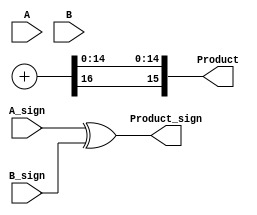
module Fixed_Point_Wallace_Tree_Multiplier #(
    parameter N = 8, // Number of bits for operand A
    parameter M = 8  // Number of bits for operand B
)(
    input  [N-1:0] A,            // First fixed-point operand
    input  [M-1:0] B,            // Second fixed-point operand
    input  A_sign,               // Sign bit of operand A
    input  B_sign,               // Sign bit of operand B
    output reg [N+M-1:0] Product, // Fixed-point product output
    output reg Product_sign       // Sign bit of the resultant product
);

    wire [N-1:0] partial_products[M-1:0];

    // Partial Product Generation
    genvar i;
    generate
        for (i = 0; i < M; i = i + 1) begin : pp_gen
            assign partial_products[i] = (B[i] ? A : {N{1'b0}});
        end
    endgenerate

    // Wallace Tree Reduction Logic
    wire [N+M-1:0] sum [M-1:0];
    wire [M-1:0] carry [M-1:0];

    // First level of reduction
    generate
        for (i = 0; i < M; i = i + 1) begin : reduction
            if (i < M - 1) begin
                assign {carry[i][i], sum[i][(i+1)*N-1:(i)*N]} = partial_products[i] + partial_products[i+1];
            end else begin
                assign sum[i][(i+1)*N-1:(i)*N] = partial_products[i];
            end
        end
    endgenerate

    // Further reduction levels to combine sum and carry outputs
    // This can be a bit complex and may differ based on how deep the tree is required.
    // Here we will reduce until we have 2 operands remaining which make the final addition easy.

    // Last level full adder
    wire [N+M-1:0] final_sum;
    wire final_carry;

    assign {final_carry, final_sum} = sum[M-2] + sum[M-1];

    // Sign handling
    always @* begin
        Product_sign = A_sign ^ B_sign; // Product sign is XOR of the inputs' sign
        Product = {final_carry, final_sum[N+M-2:0]}; // Assign final product
    end

endmodule